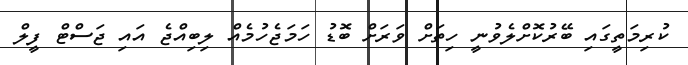
ކުރިމަތީގައި ބޭރުކޮށްލެވުނީ ހިތަށް ވަރަށް ބޮޑު ހަމަޖެހުމެއް ލިބިއްޖެ އައި ޖަސްޓް ފީލް